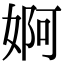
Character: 婀